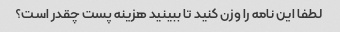
لطفا این نامه را وزن کنید تا ببینید هزینه پست چقدر است؟